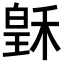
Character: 𥠟